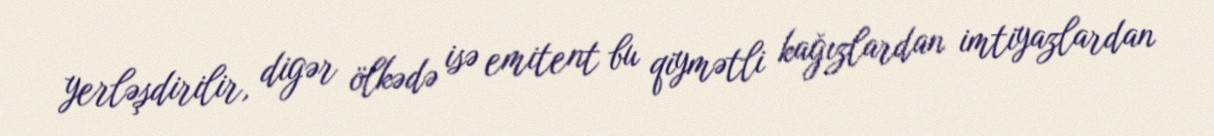
yerləşdirilir, digər ölkədə isə emitent bu qiymətli kağızlardan imtiyazlardan